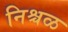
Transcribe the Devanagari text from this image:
निश्चळ